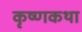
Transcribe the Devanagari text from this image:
कृष्णकथा